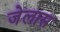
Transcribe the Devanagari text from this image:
जेलास